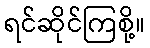
ရင်ဆိုင်ကြစို့။